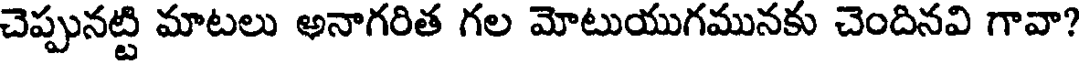
చెప్పునట్టి మాటలు అనాగరిత గల మోటుయుగమునకు చెందినవి గావా?